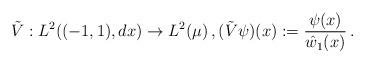
LaTeX: \begin{align*}\tilde V:L^2((-1,1),dx)\to L^2(\mu)\,,(\tilde V\psi)(x):=\frac{\psi(x)}{\hat w_1(x)}\,.\end{align*}